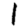
Digit: 1